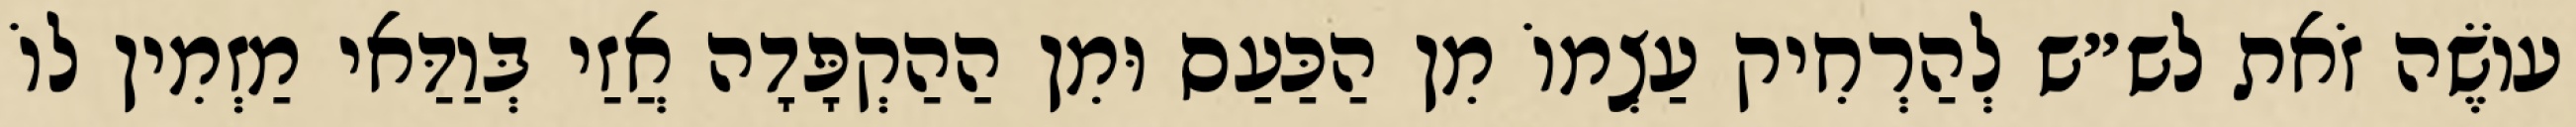
עוֹשֶׂה זֹאת לש״ש לְהַרְחִיק עַצְמוֹ מִן הַכַּעַס וּמִן הַהַקְפָּדָה אֲזַי בְּוַדַּאי מַזְמִין לוֹ